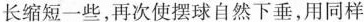
长缩短一些，再次使摆球自然下垂，用同样